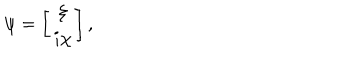
\psi = \left[ \begin{array} { c } { { \xi } } \\ { { i \chi } } \\ \end{array} \right] ,